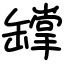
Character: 罉